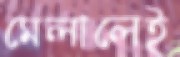
মেলালেই